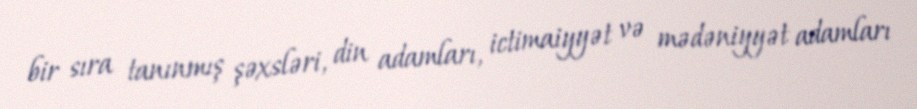
bir sıra tanınmış şəxsləri, din adamları, ictimaiyyət və mədəniyyət adamları